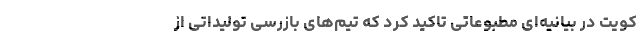
کویت در بیانیه‌ای مطبوعاتی تاکید کرد که تیم‌های بازرسی تولیداتی از